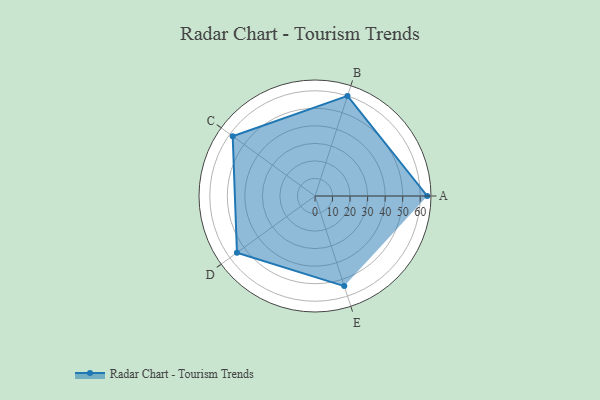
{"axis": {"x": "Skill", "y": "Score"}, "legend": ["Profile"], "data": [{"x": "A", "y": 64.0, "type": "Profile"}, {"x": "B", "y": 60.0, "type": "Profile"}, {"x": "C", "y": 58.0, "type": "Profile"}, {"x": "D", "y": 55.0, "type": "Profile"}, {"x": "E", "y": 54.0, "type": "Profile"}]}